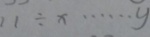
1 1 \div x \cdots y